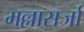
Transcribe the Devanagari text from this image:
मल्लासर्जा